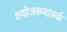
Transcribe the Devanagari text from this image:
शयोजकमांसर्क